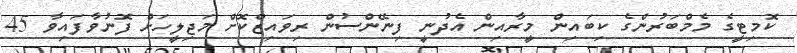
ކޮމިޓީގެ މެމްބަރުންގެ ކިބައިން މީރާއިން އެދުނީ ފިނޭންސުން ރިވައިޒްކޮށް މަޖިލީހަށް ފޮނުވާފައިވާ 45